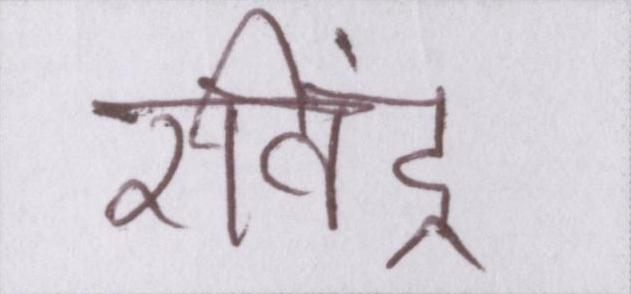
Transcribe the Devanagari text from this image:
रविंद्र